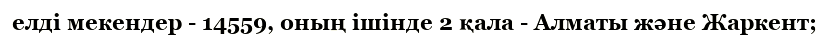
елді мекендер - 14559, оның ішінде 2 қала - Алматы және Жаркент;